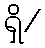
ရှိ/